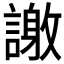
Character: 𮘴